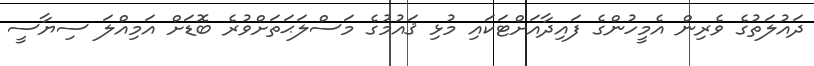
ދައުލަތުގެ ވެރިން އެމީހުންގެ ފައިދާއަށްޓަކައި މުޅި ޤައުމުގެ މަސްލަޙަތަށްވުރެ ބޮޑަށް އަމިއްލަ ސިޔާސީ